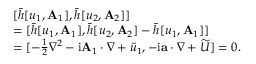
\begin{array} { r l } & { [ \bar { h } [ u _ { 1 } , \mathbf { A } _ { 1 } ] , \bar { h } [ u _ { 2 } , \mathbf { A } _ { 2 } ] ] } \\ & { = [ \bar { h } [ u _ { 1 } , \mathbf { A } _ { 1 } ] , \bar { h } [ u _ { 2 } , \mathbf { A } _ { 2 } ] - \bar { h } [ u _ { 1 } , \mathbf { A } _ { 1 } ] ] } \\ & { = [ - \frac { 1 } { 2 } \nabla ^ { 2 } - \mathrm { i } \mathbf { A } _ { 1 } \cdot \nabla + \widetilde { u } _ { 1 } , - \mathrm { i } \mathbf { a } \cdot \nabla + \widetilde { U } ] = 0 . } \end{array}